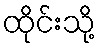
ထိုင်းသို့